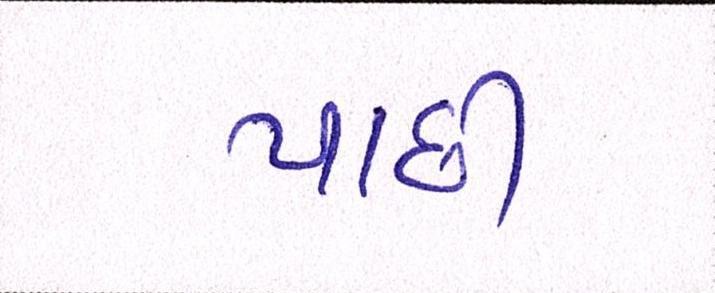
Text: પાછી